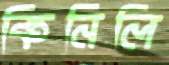
কিনিলি